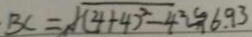
B C = \sqrt { ( 4 + 4 ) ^ { 2 } - 4 ^ { 2 } } \approx 6 . 9 3